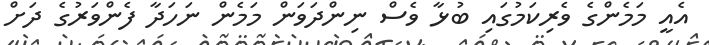
އެއީ މަމެންގެ ވެރިކަމުގައި ބުޅާ ވެސް ނިންދަވަން މަމެން ނަހަދާ ފެންވަރުގެ ދަށް